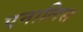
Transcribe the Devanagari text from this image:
एनालिस